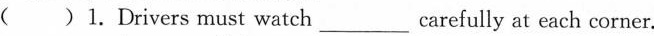
( )1. Drivers must watch ___ carefully at each corner.